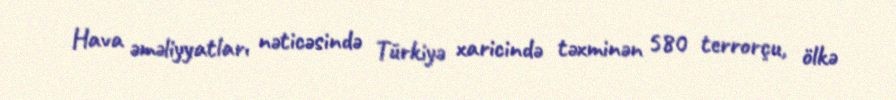
Hava əməliyyatları nəticəsində Türkiyə xaricində təxminən 580 terrorçu, ölkə